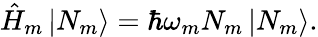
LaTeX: \hat{H}_{m}\left|N_{m}\right>=\hbar\omega_{m}N_{m}\left|N_{m}\right>.